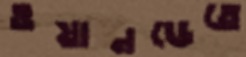
ওয়ানডেতে